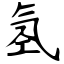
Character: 氢